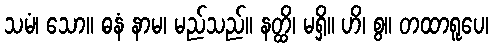
သမံ၊ သော။ ဓနံ နာမ၊ မည်သည်။ နတ္ထိ၊ မရှိ။ ဟိ၊ စွ။ တထာရူပေ၊